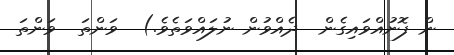
ން ފޮނުއްވައިގެން  ދެއްވުން ނުލައްވަތެވެ.)  ވަންތަ  ވަންތަ